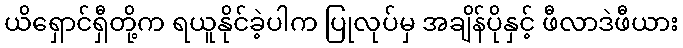
ယိရှောင်ရှီတို့က ရယူနိုင်ခဲ့ပါက ပြုလုပ်မှ အချိန်ပိုနှင့် ဖီလာဒဲဖီယား